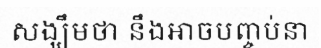
សង្ឃឹមថា នឹងអាចបញ្ចប់នា